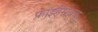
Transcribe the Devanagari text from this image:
फ्राइहेंसब्रुक